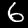
Label: 6